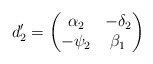
\begin{align*}d'_2=\begin{pmatrix}\alpha_2 &-\delta_2\\-\psi_2 &\beta_1\end{pmatrix} \end{align*}